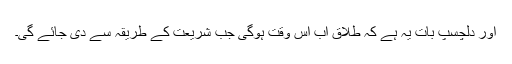
اور دلچسپ بات یہ ہے کہ طلاق اب اس وقت ہوگی جب شریعت کے طریقہ سے دی جائے گی۔